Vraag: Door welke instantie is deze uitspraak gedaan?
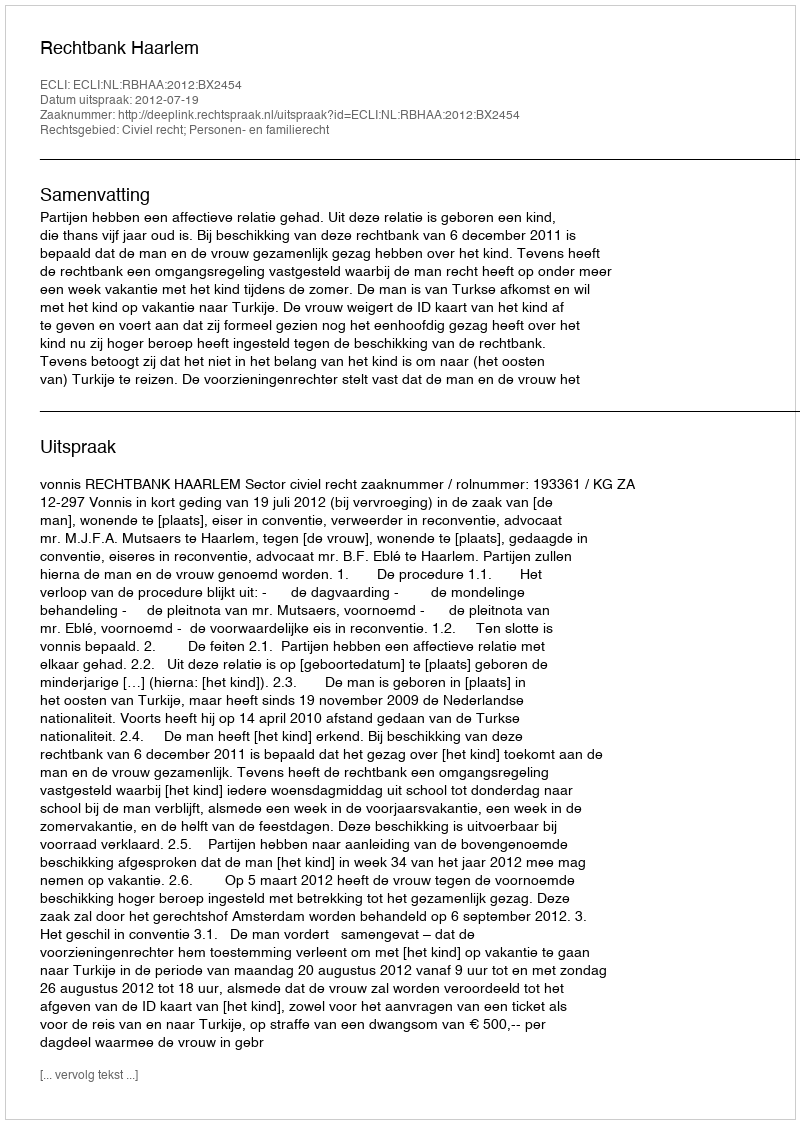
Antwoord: Rechtbank Haarlem